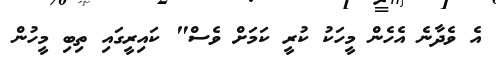
އެ ވެދާނެ އެހެން މީހަކު ކުރީ ކަމަށް ވެސް" ކައިރީގައި ތިބި މީހުން